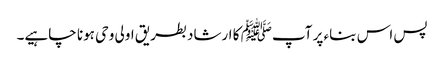
پس اس بناء پر آپﷺ کا ارشاد بطریق اولی وحی ہونا چاہیے۔